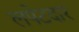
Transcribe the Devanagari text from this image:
लपेटदार